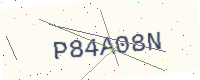
Text: P84A08N